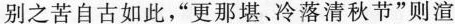
别之苦自古如此，”更那堪、冷落清秋节”则渲